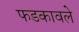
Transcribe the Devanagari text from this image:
फडकावले